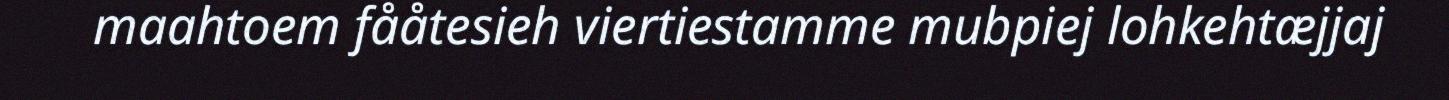
maahtoem fååtesieh viertiestamme mubpiej lohkehtæjjaj